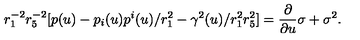
r _ { 1 } ^ { - 2 } r _ { 5 } ^ { - 2 } [ p ( u ) - p _ { i } ( u ) p ^ { i } ( u ) / r _ { 1 } ^ { 2 } - \gamma ^ { 2 } ( u ) / r _ { 1 } ^ { 2 } r _ { 5 } ^ { 2 } ] = { \frac { \partial } { \partial u } } { \sigma } + \sigma ^ { 2 } .